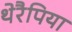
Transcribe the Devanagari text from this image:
थेरैपिया